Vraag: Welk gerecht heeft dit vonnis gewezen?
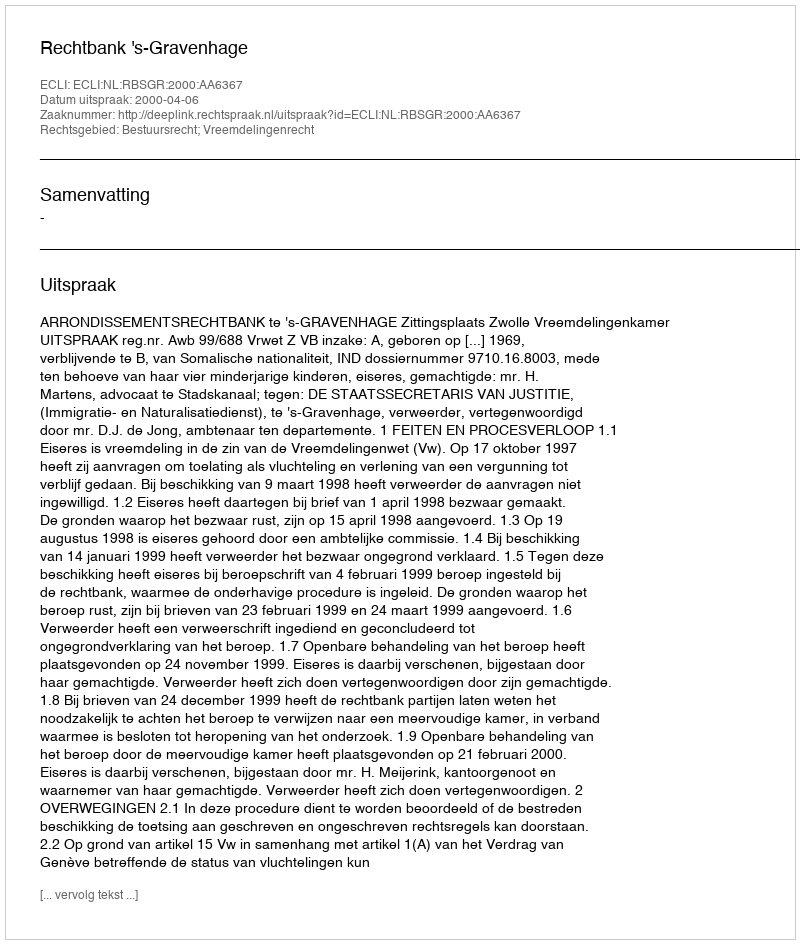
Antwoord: Rechtbank 's-Gravenhage